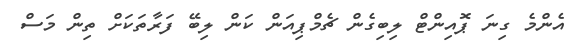
އެންމެ ގިނަ ޕޮއިންޓް ލިބިގެން ޗެމްޕިއަން ކަން ލިބޭ ފަރާތަކަށް ތިން މަސް